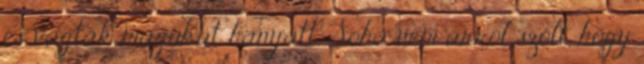
és vágták magukat hanyatt. Soha nem arról szólt, hogy